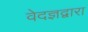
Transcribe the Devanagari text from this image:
वेदज्ञद्वारा